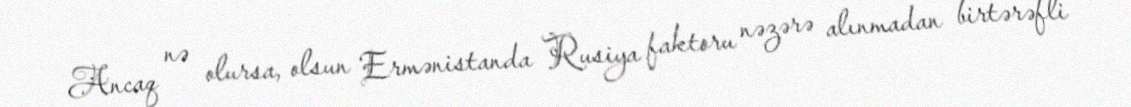
Ancaq nə olursa, olsun Ermənistanda Rusiya faktoru nəzərə alınmadan birtərəfli